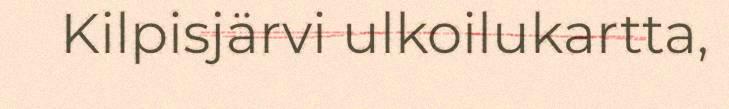
Kilpisjärvi ulkoilukartta,